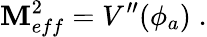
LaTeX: \mathbf{M}_{eff}^{2}=V^{\prime\prime}(\phi_{a})\; .